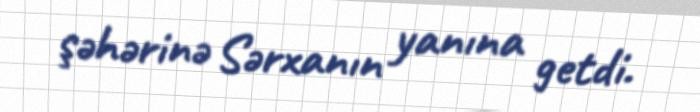
şəhərinə Sərxanın yanına getdi.